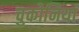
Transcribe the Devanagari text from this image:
चुकोनियां